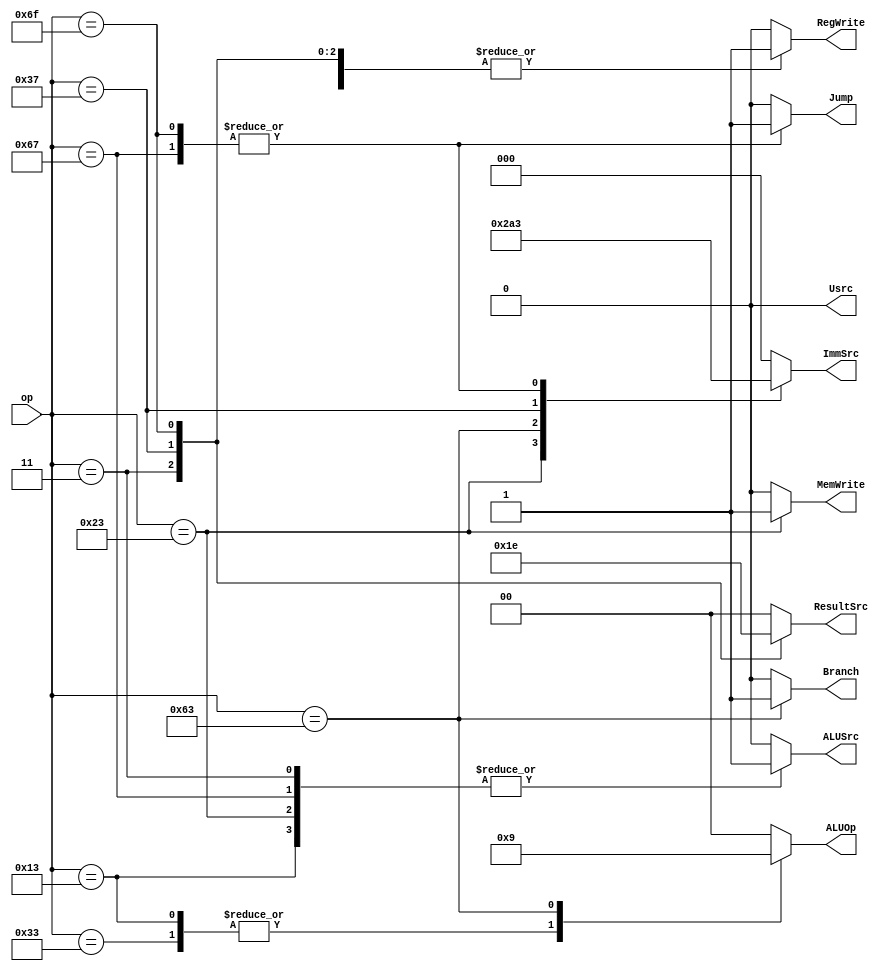
module Main_Decoder (
    input [6:0] op ,
    output reg Usrc,MemWrite, RegWrite,Branch,ALUSrc,Jump,
    output  reg [1:0] ResultSrc,
    output reg [1:0] ALUOp ,
    output reg [2:0] ImmSrc
);



    localparam  R_type    = 7'b0110011,
                I_type    = 7'b0010011,
                B_type    = 7'b1100011,
                Load      = 7'b0000011,
                S_type    = 7'b0100011,
                LUI_type  = 7'b0110111,
                AUIPC_type  = 7'b0110111,
                JAL_type   = 7'b1101111,
                JALR_type   = 7'b1100111;

    always @(*) begin
        case (op)

           R_type : begin
            Usrc = 0 ;  MemWrite = 0 ; 
            RegWrite = 1 ; Branch =0;
            ImmSrc = 0 ; Jump = 0; 
            ALUSrc = 0 ; ResultSrc = 2'b00;
            ALUOp = 2'b10;
           end

            I_type : begin
            Usrc = 0 ;  MemWrite = 0 ; 
            RegWrite = 1 ; Branch =0;
            ImmSrc = 0 ; Jump = 0; 
            ALUSrc = 1 ; ResultSrc = 2'b00;
            ALUOp = 2'b10;
           end
            Load : begin
            Usrc = 0 ;  MemWrite = 0 ;
            RegWrite = 1 ; Branch =0;
            ImmSrc = 0 ; Jump = 0; 
            ALUSrc = 1 ; ResultSrc = 2'b01;
            ALUOp = 2'b00;
           end

           S_type : begin

            Usrc = 0 ;  MemWrite = 1 ; 
            RegWrite = 0 ; Branch =0;
            ImmSrc = 3'b001 ; Jump = 0; 
            ALUSrc = 1 ; ResultSrc = 2'b00;
            ALUOp = 2'b00;

           end


           B_type : begin
            Usrc = 0 ;  MemWrite = 0 ; 
            RegWrite = 0 ; Branch = 1;
            ImmSrc = 3'b010 ; Jump = 0; 
            ALUSrc = 0 ; ResultSrc = 2'b00;
            ALUOp = 2'b01;
           end

            LUI_type : begin
            Usrc = 0 ;  MemWrite = 0 ; 
            RegWrite = 1 ; Branch = 0;
            ImmSrc = 3'b100 ; Jump = 0;
            ALUSrc = 0 ; ResultSrc = 2'b11;
            ALUOp = 2'b00;
           end

            AUIPC_type :  begin
            Usrc = 1 ;  MemWrite = 0 ; 
            RegWrite = 1 ; Branch = 0;
            ImmSrc = 3'b100 ; Jump = 0;
            ALUSrc = 0 ; ResultSrc = 2'b11;
            ALUOp = 2'b00;
            end

            JAL_type :  begin
            Usrc = 0 ;  MemWrite = 0 ; 
            RegWrite = 1 ; Branch = 0;
            ImmSrc = 3'b011 ; Jump = 1;
            ALUSrc = 0 ; ResultSrc = 2'b10;
            ALUOp = 2'b00;
            end

            JALR_type : begin
            Usrc = 0 ;  MemWrite = 0 ;
            RegWrite = 1 ; Branch = 0;
            ImmSrc = 3'b011 ; Jump = 1;
            ALUSrc = 1 ; ResultSrc = 2'b00;
            ALUOp = 2'b00;
            end

            default: begin
            Usrc = 0 ;  MemWrite = 0 ; 
            RegWrite = 0 ; Branch = 0;
            ImmSrc = 3'b000 ; Jump = 0; 
            ALUSrc = 0 ; ResultSrc = 2'b00;
            ALUOp = 2'b00;
           end
        endcase
    end
    
endmodule